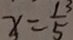
x = \frac { 1 3 } { 5 }